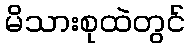
မိသားစုထဲတွင်